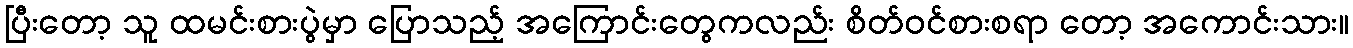
ပြီးတော့ သူ ထမင်းစားပွဲမှာ ပြောသည့် အကြောင်းတွေကလည်း စိတ်ဝင်စားစရာ တော့ အကောင်းသား။